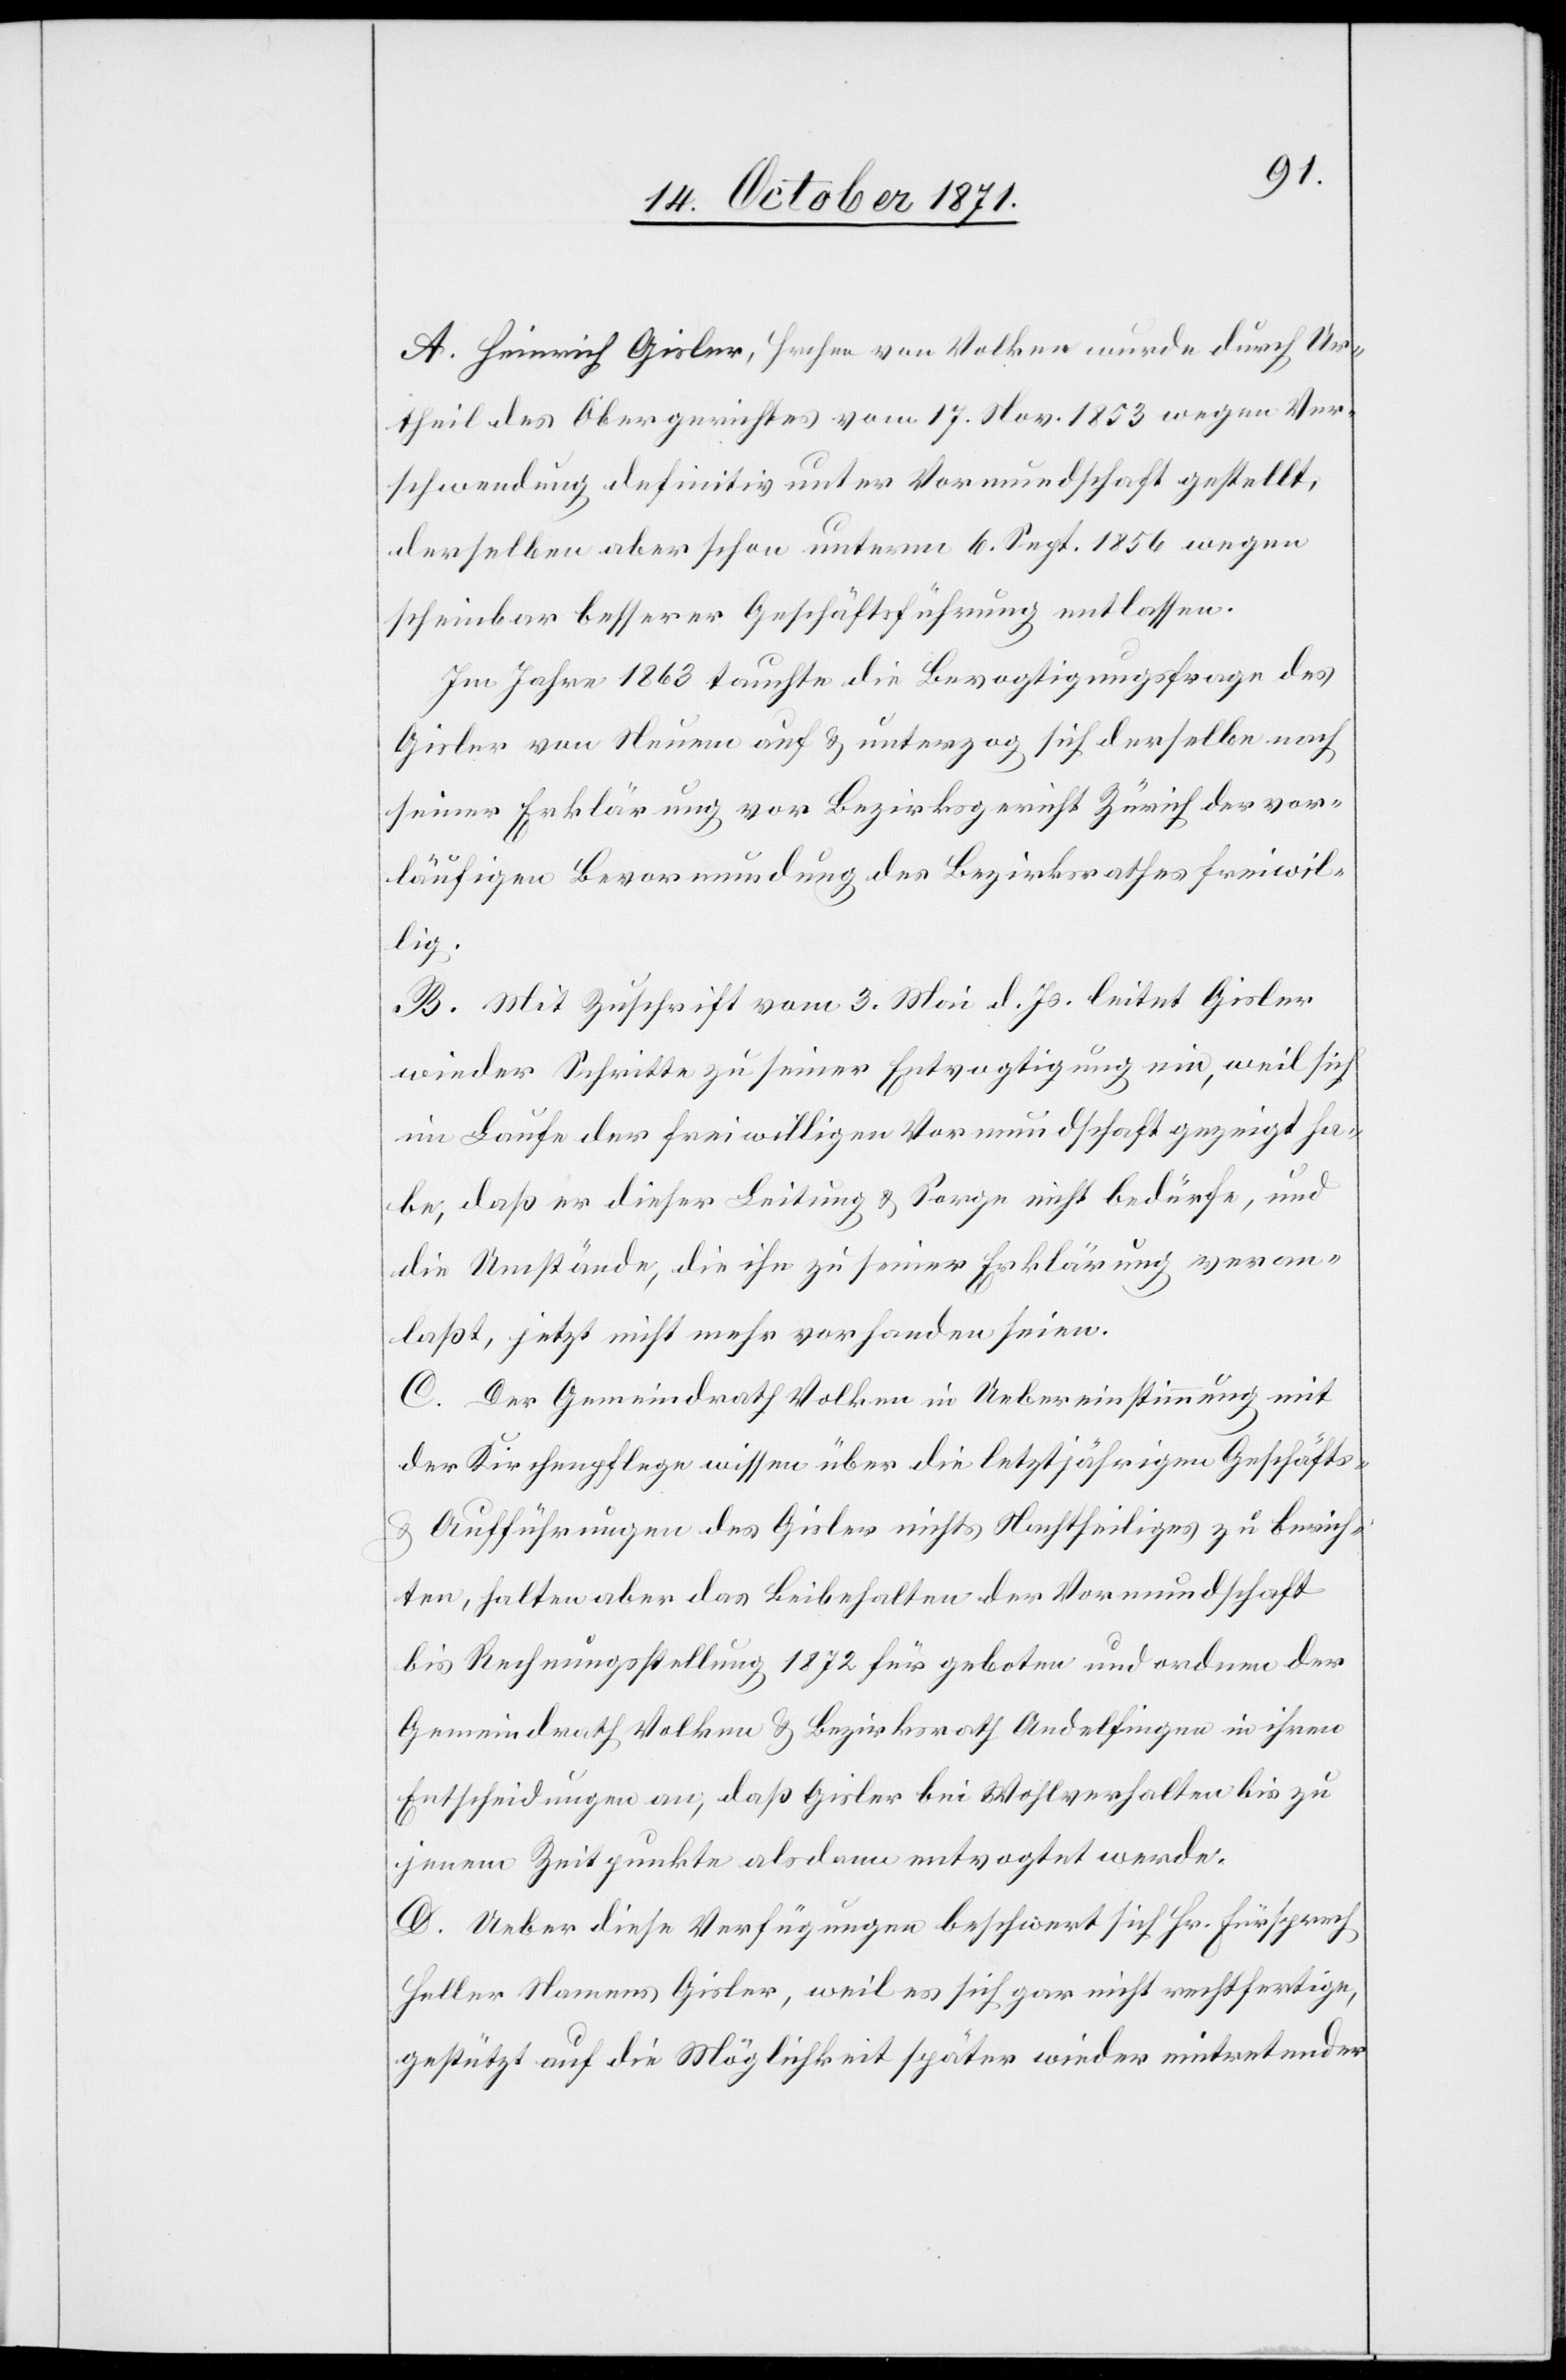
A. Heinrich Gisler, Hrchen von Volken wurde durch Ur¬
theil des Obergerichtes vom 17. Nov. 1853 wegen Ver¬
schwendung definitiv unter Vormundschaft gestellt,
derselben aber schon unterm 6. Sept. 1856 wegen
scheinbar besserer Geschäftsführung entlassen.
Im Jahre 1863 tauchte die Bevogtigungsfrage des
Gisler von Neuem auf & unterzog sich derselbe nach
seiner Erklärung vor Bezirksgericht Zürich der vor¬
läufigen Bevormundung des Bezirksrathes freiwil¬
lig.
B. Mit Zuschrift vom 3. Mai d. Js. leitet Gisler
wieder Schritte zu seiner Entvogtigung ein, weil sich
im Laufe der freiwilligen Vormundschaft gezeigt ha¬
be, daß er dieser Leitung & Sorge nicht bedürfe, und
die Umstände, die ihn zu seiner Erklärung veran¬
laßt, jetzt nicht mehr vorhanden seien.
C. Der Gemeindrath Volken in Uebereinstimmung mit
der Kirchenpflege wissen über die letztjährigen Geschäfte
& Aufführungen des Gisler nichts Nachtheiliges zu berich¬
ten, halten aber das Beibehalten der Vormundschaft
bis Rechnungsstellung 1872 für geboten und ordnen der
Gemeindrath Volken & Bezirksrath Andelfingen in ihren
Entscheidungen an, daß Gisler bei Wohlverhalten bis zu
jenem Zeitpunkte alsdann entvogtet werde.
D. Ueber diese Verfügungen beschwert sich Hr. Fürsprech
Heller Namens Gisler, weil es sich gar nicht rechtfertige,
gestützt auf die Möglichkeit später wieder eintretender